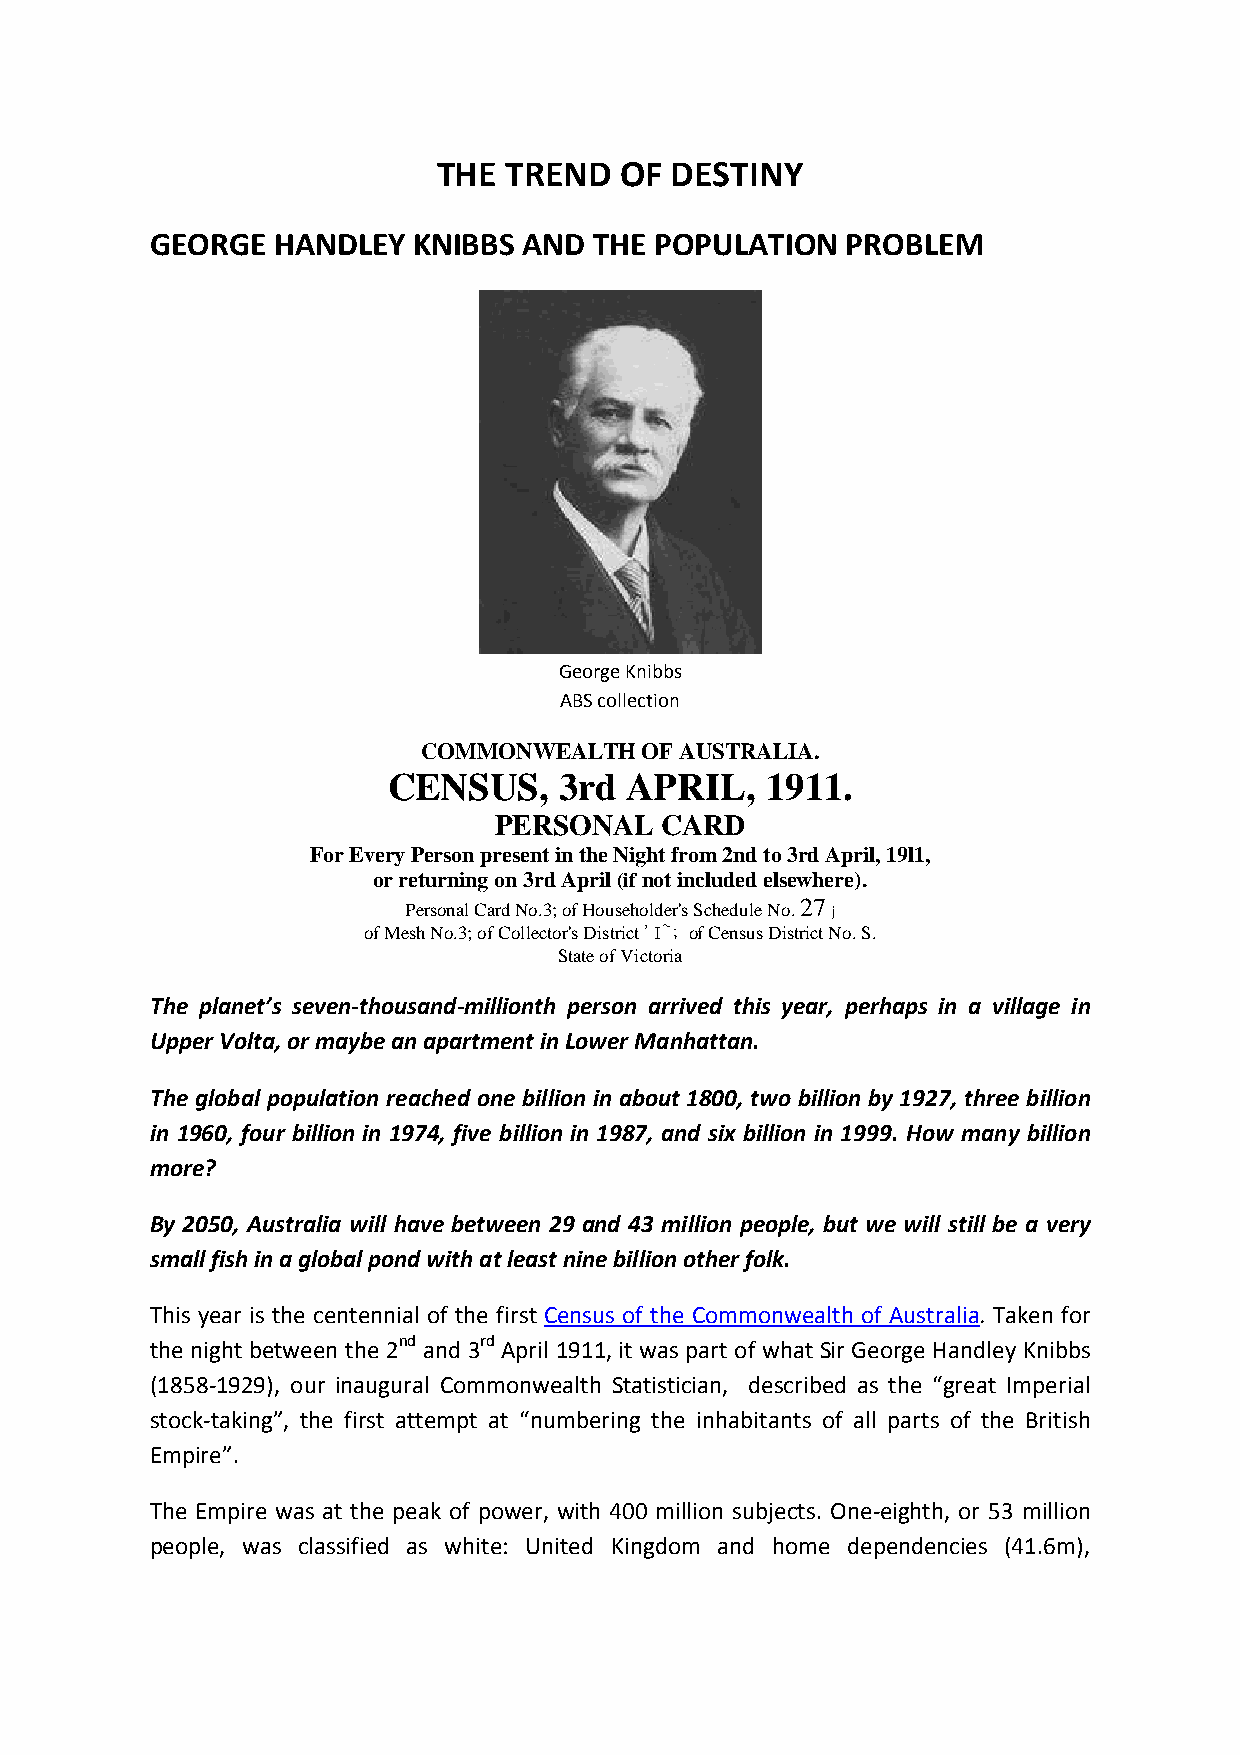
THE TREND   OF DESTINY
 GEORGE  HANDLEY  KNIBBS  AND THE POPULATION   PROBLEM
 GeorgeKnibbs
 ABScollection
 COMMONWEALTHOFAUSTRALIA.
 CENSUS,    3rd APRIL,    1911.
 PERSONAL   CARD
 ForEveryPersonpresentintheNightfrom2ndto3rdApril,19l1,
 orreturningon3rdApril(ifnotincludedelsewhere).
 PersonalCardNo.3;ofHouseholder'sScheduleNo.27
 j
 ofMeshNo.3;ofCollector'sDistrict'I~; ofCensusDistrictNo.S.
 StateofVictoria
 The planet’s seven-thousand-millionth person arrived this year, perhaps in a village in
 UpperVolta,ormaybeanapartmentinLowerManhattan.
 The global population reached one billion in about 1800, two billion by1927, three billion
 in 1960, four billion in 1974, five billion in 1987, and six billion in 1999. How many billion
 more?
 By 2050, Australia will have between 29 and 43 million people, but we will still be a very
 smallfishinaglobalpondwithatleastninebillionotherfolk.
 This year is the centennial of the first Census of the Commonwealth of Australia. Taken for
 the night between the 2nd and 3rd April 1911, it was part of what Sir George Handley Knibbs
 (1858-1929), our inaugural Commonwealth Statistician, described as the “great Imperial
 stock-taking”, the first attempt at “numbering the inhabitants of all parts of the British
 Empire”.
 The Empire was at the peak of power, with 400 million subjects. One-eighth, or 53 million
 people, was classified as white: United Kingdom and home dependencies (41.6m),